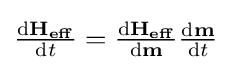
{\tfrac {\mathrm {d} \mathbf {H_{eff}} }{\mathrm {d} t}}={\tfrac {\mathrm {d} \mathbf {H_{eff}} }{\mathrm {d} \mathbf {m} }}{\tfrac {\mathrm {d} \mathbf {m} }{\mathrm {d} t}}